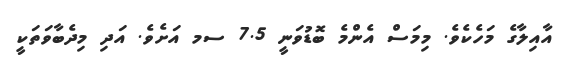
އާއިލާގެ މަހެކެވެ. މިމަސް އެންމެ ބޮޑުވަނީ 7.5 ސމ އަށެވެ. އަދި މިދެބާވަތަކީ